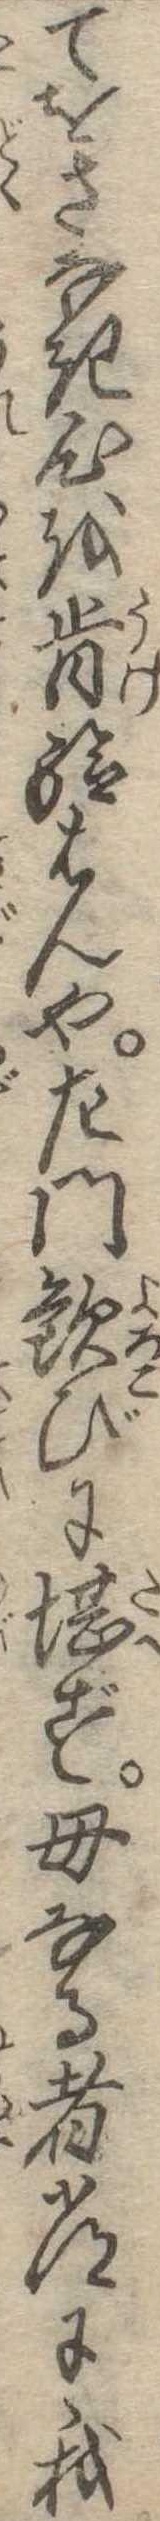
てをさなき心を肯給はんや左門歓びに堪ず母なる者常に我